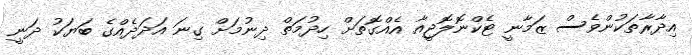
އިދާރާތަކުންވެސް ޒަމާނީ ޓެކްނޮލޮޖީއާ އެއްގޮތަށް ހިދުމަތް ދިނުމަށް ގިނަ އަދަދެއްގެ ބަޔަކު ދަނީ